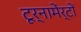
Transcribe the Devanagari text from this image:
टूर्नामेंर्टों